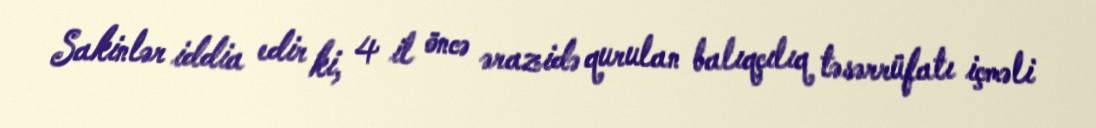
Sakinlər iddia edir ki, 4 il öncə ərazidə qurulan balıqçılıq təsərrüfatı içməli